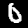
Digit: 0